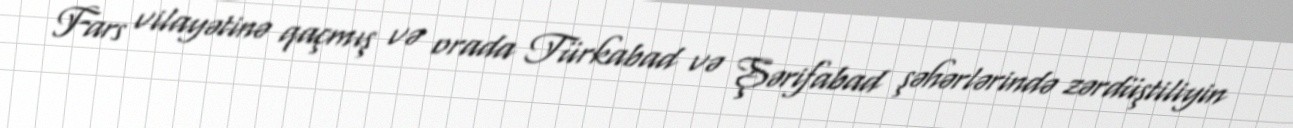
Fars vilayətinə qaçmış və orada Türkabad və Şərifabad şəhərlərində zərdüştiliyin